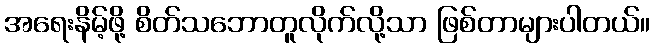
အရေးနိမ့်ဖို့ စိတ်သဘောတူလိုက်လို့သာ ဖြစ်တာများပါတယ်။